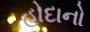
હોદાનો